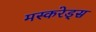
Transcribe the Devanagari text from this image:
मस्करेड्स